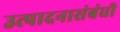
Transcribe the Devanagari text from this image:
उत्पादनासंबंधी